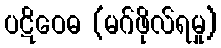
ပဋိဝေဓ (မဂ်ဖိုလ်ရမှု)